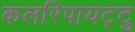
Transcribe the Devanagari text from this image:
कलरिपायट्टु